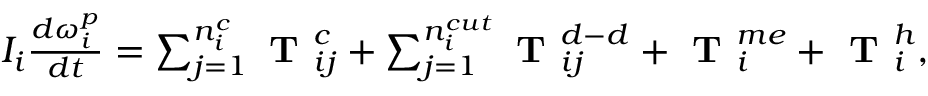
\begin{array} { r } { I _ { i } \frac { d \boldsymbol \omega _ { i } ^ { p } } { d t } = \sum _ { j = 1 } ^ { n _ { i } ^ { c } } { \textbf { T } _ { i j } ^ { c } } + \sum _ { j = 1 } ^ { n _ { i } ^ { c u t } } { \textbf { T } _ { i j } ^ { d - d } } + \textbf { T } _ { i } ^ { m e } + \textbf { T } _ { i } ^ { h } , } \end{array}